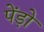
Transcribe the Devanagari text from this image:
पेंड़ो